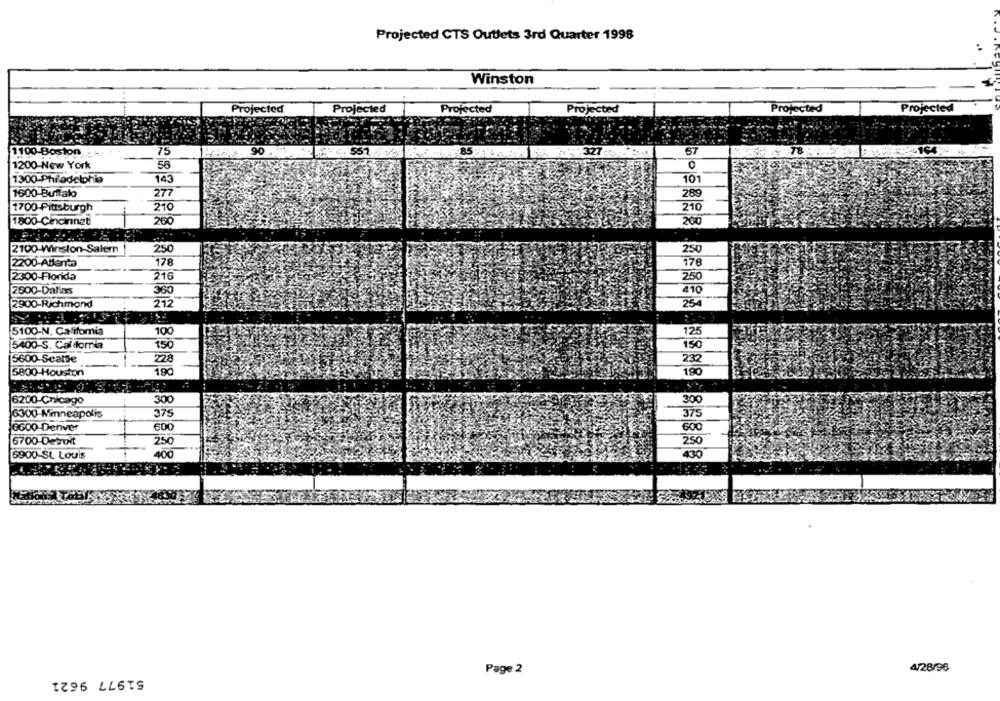
Projected CTS Outlets 3rd Quarter 1998
Winston
Projected
Projected
Projected
Projected
Projected
Projected
1100 Boston
75
90
327 :23334
57
T8
1200-New York
56
0
1300 Philadelphia
143
101
1600 Buffalo
277
289
1700-Pittsburgh
210
210
1800-Cincinnet
200
200
...
2100-Winston-Salern
250
250
2200-Atlanta
178
77€
2300-Florida
216
250
2600-Dallas
360
210
2900-Richmond
212
25
100
5100-N. California
125
5400-S. California
150
150
5600 Scattie
228
232
5800-Houston
190
190
300
300
6200-Chicago
6300 Minneapolis
375
375
6600 Denver
600
600
6700-Derui
250
250
6900-St Louis
400
430
Page 2
4/28/96
51977 9621